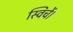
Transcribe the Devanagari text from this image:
स्विचें।